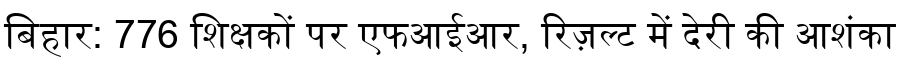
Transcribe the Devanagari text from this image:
बिहार: 776 शिक्षकों पर एफआईआर, रिज़ल्ट में देरी की आशंका